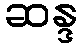
ဆန္ဒ